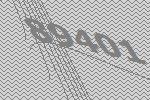
89401